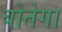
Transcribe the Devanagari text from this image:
बोतेगा